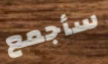
سأجمع